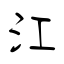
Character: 江